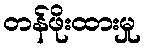
တန်ဖိုးထားမှု